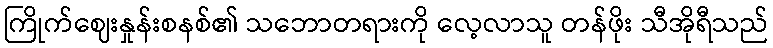
ကြိုက်ဈေးနှုန်းစနစ်၏ သဘောတရားကို လေ့လာသူ တန်ဖိုး သီအိုရီသည်